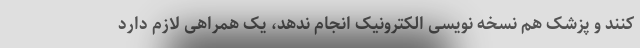
کنند و پزشک هم نسخه نویسی الکترونیک انجام ندهد، یک همراهی لازم دارد